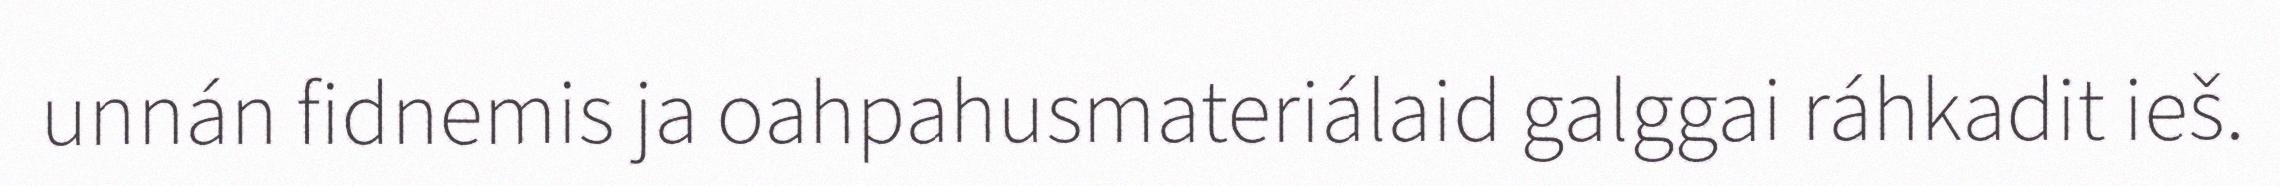
unnán fidnemis ja oahpahusmateriálaid galggai ráhkadit ieš.